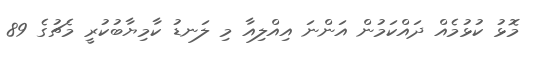
މޮޅު ކުޅުމެއް ދައްކަމުން އަންނަ އިއްލިއާ މި ލަނޑު ކާމިޔާބުކުރީ މެޗުގެ 89